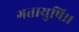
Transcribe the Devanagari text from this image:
गतायुषि।।